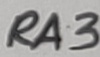
Text: RA3